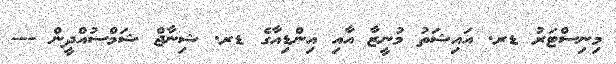
މިނިސްޓަރު ޑރ. އައިޝަތު މުނީޒާ އާއި އިންޑިއާގެ ޑރ. ޝިނާޖް ޝަމްސުއްދީން ---